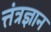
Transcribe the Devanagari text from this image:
त्तंत्रज्ञान